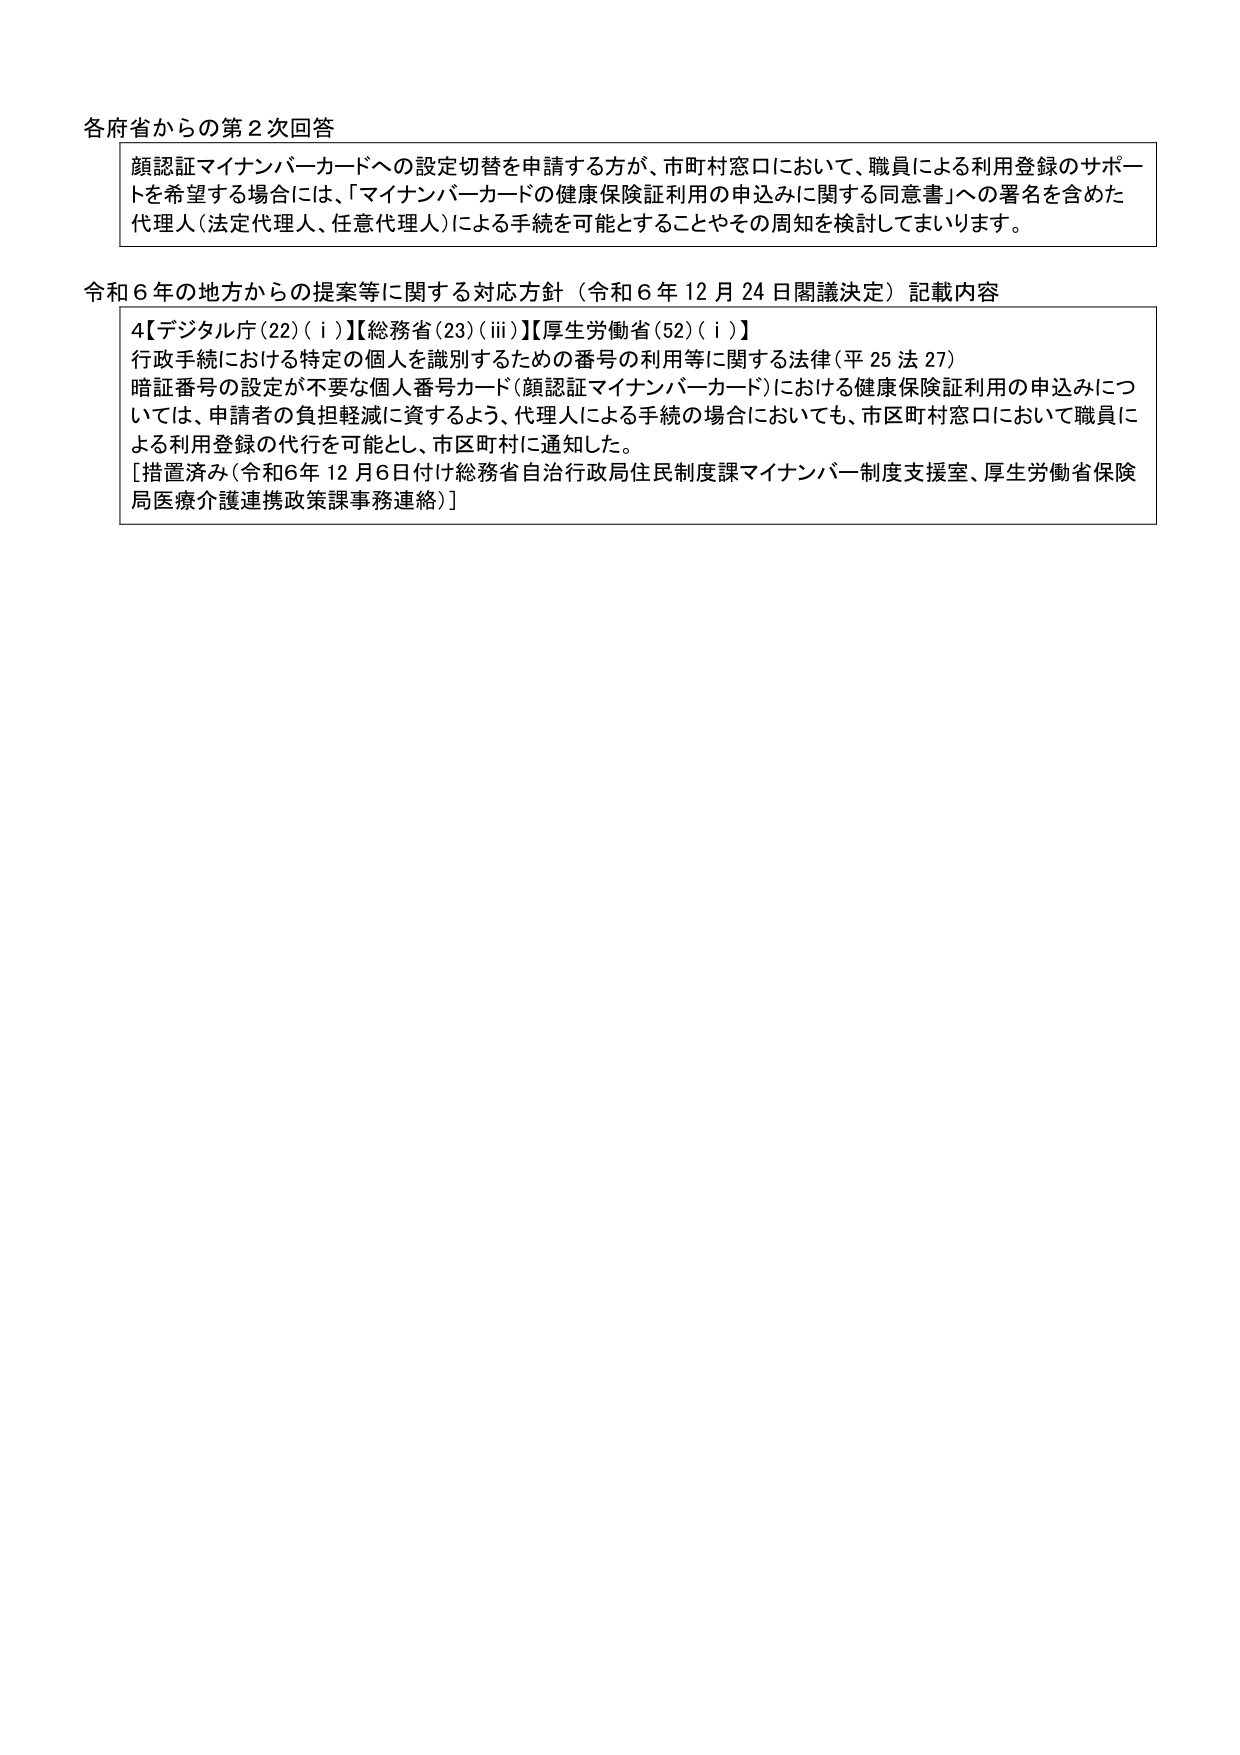
各府省からの第２次回答

顔認証マイナンバーカードへの設定切替を申請する方が、市町村窓口において、職員による利用登録のサポートを希望する場合には、「マイナンバーカードの健康保険証利用の申込みに関する同意書」への署名を含めた代理人（法定代理人、任意代理人）による手続を可能とすることやその周知を検討してまいります。

令和６年の地方からの提案等に関する対応方針（令和６年12月24日閣議決定）記載内容

4【デジタル庁(22)(i)】【総務省(23)(iii)】【厚生労働省(52)(i)】
行政手続における特定の個人を識別するための番号の利用等に関する法律（平25法27）
暗証番号の設定が不要な個人番号カード（顔認証マイナンバーカード）における健康保険証利用の申込みについては、申請者の負担軽減に資するよう、代理人による手続の場合においても、市区町村窓口において職員による利用登録の代行を可能とし、市区町村に通知した。
[措置済み（令和6年12月6日付け総務省自治行政局住民制度課マイナンバー制度支援室、厚生労働省保険局医療介護連携政策課事務連絡）]